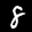
Label: 8